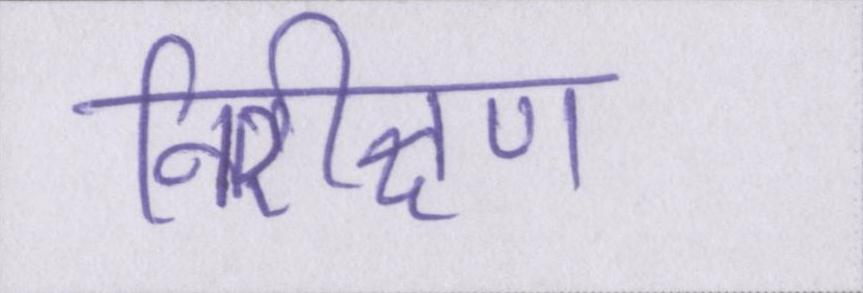
निरीक्षण